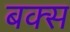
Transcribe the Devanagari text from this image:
बक्‍स